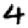
Digit: 4